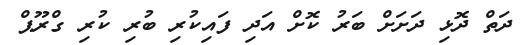
ދަތް ދޮޅި ދަށަށް ބަރު ކޮށް އަދި ފައިކުރި ބުރި ކުރި ގްރޫޕް